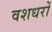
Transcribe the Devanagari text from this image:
वशधरों